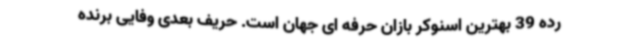
رده 39 بهترین اسنوکر بازان حرفه ای جهان است. حریف بعدی وفایی برنده